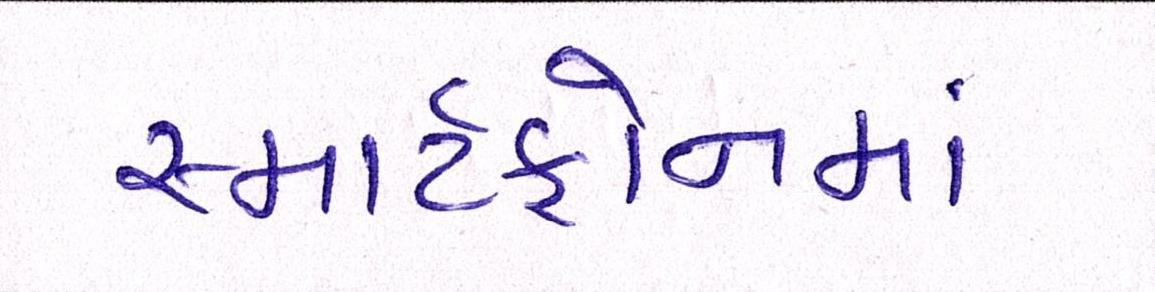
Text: સ્માર્ટફોનમાં